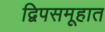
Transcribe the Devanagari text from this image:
द्विपसमूहात